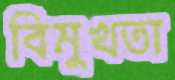
বিমুখতা